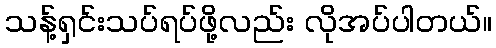
သန့်ရှင်းသပ်ရပ်ဖို့လည်း လိုအပ်ပါတယ်။